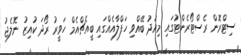
ސިޓްރޮން ރެސްޓޯރެންޓުގައި މިއަދު ބޭއްވި ހަފްލާއެއްގައި ބީއެޗްއެމް ހަވީރު ރޯދަ ކުއިޒު ނޮލެޖު